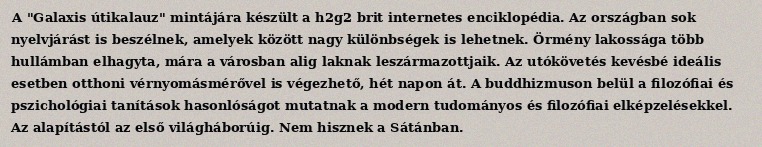
A "Galaxis útikalauz" mintájára készült a h2g2 brit internetes enciklopédia. Az országban sok nyelvjárást is beszélnek, amelyek között nagy különbségek is lehetnek. Örmény lakossága több hullámban elhagyta, mára a városban alig laknak leszármazottjaik. Az utókövetés kevésbé ideális esetben otthoni vérnyomásmérővel is végezhető, hét napon át. A buddhizmuson belül a filozófiai és pszichológiai tanítások hasonlóságot mutatnak a modern tudományos és filozófiai elképzelésekkel. Az alapítástól az első világháborúig. Nem hisznek a Sátánban.